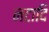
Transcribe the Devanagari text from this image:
नटादि